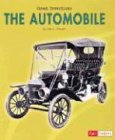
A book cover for The Automobile (Great Inventions); Julie L. Sinclair; Children's Books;